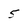
Character: 5